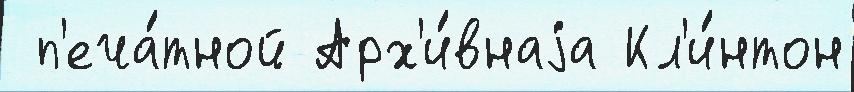
 п'еча́тной Арх'и́внаjа Кл'и́нтон